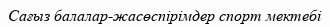
Сағыз балалар-жасөспірімдер спорт мектебі